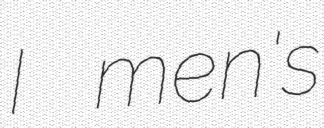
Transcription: I men's